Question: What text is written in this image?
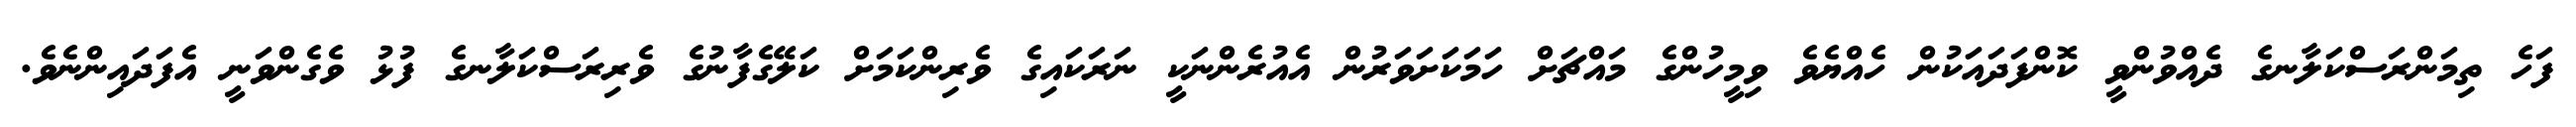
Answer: ފަހެ ތިމަންރަސްކަލާނގެ ދެއްވުންވީ ކޮންފަދައަކުން ހެއްޔެވެ ވިމީހުންގެ މައްޗަށް ހަމަކަށަވަރުން އެއުރެންނަކީ ނަރަކައިގެ ވެރިންކަމަށް ކަލޭގެފާނުގެ ވެރިރަސްކަލާނގެ ފުޅު ވެގެންވަނީ އެފަދައިންނެވެ.